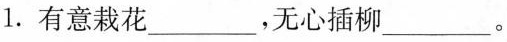
1.有意栽花___，无心插柳___。